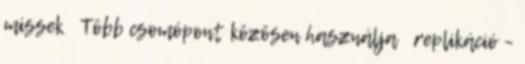
missek ● Több csomópont közösen használja → replikáció –